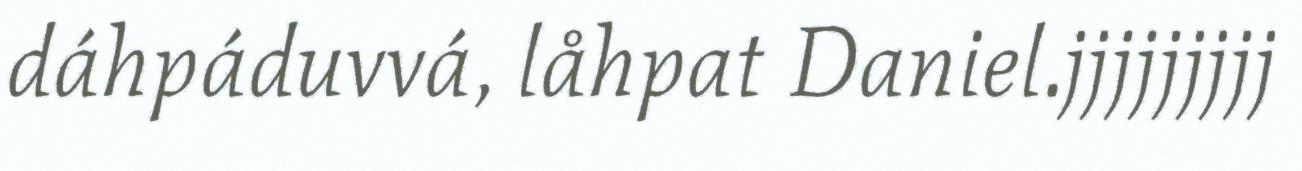
dáhpáduvvá, låhpat Daniel.jjjjjjjjj